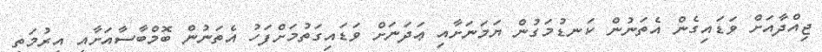
ޖިއްދާއަށް ވަޑައިގެން އެތަނުން ކަނޑުމަގުން ޔަމަނަށާއި ޢަދަނަށް ވަޑައިގަތުމަށްފަހު އެތަނުން ބޮމްބާސާއަށާއި އިރުމަތީ